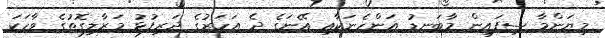
މިޔަންމާ ސިފައިން މާބަނޑު އަންހެނަކާއި އޭނަގެ ދެ އަހަރުގެ ދަރިފުޅު މަރާލިގޮތުގެ ވާހަކަ